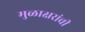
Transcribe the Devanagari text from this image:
मुळाक्षरांची